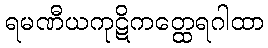
ရမဏီယကုဋိကတ္ထေရဂါထာ